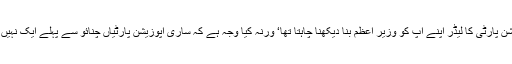
وہ اپوزیشن پارٹی کا لیڈر اپنے آپ کو وزیر اعظم بنا دیکھنا چاہتا تھا‘ ورنہ کیا وجہ ہے کہ ساری اپوزیشن پارٹیاں چنائو سے پہلے ایک نہیں ہو پائیں۔